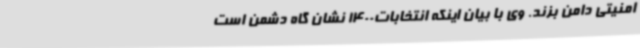
امنیتی دامن بزند. وی با بیان اینکه انتخابات1400 نشان گاه دشمن است